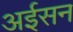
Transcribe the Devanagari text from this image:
अईसन